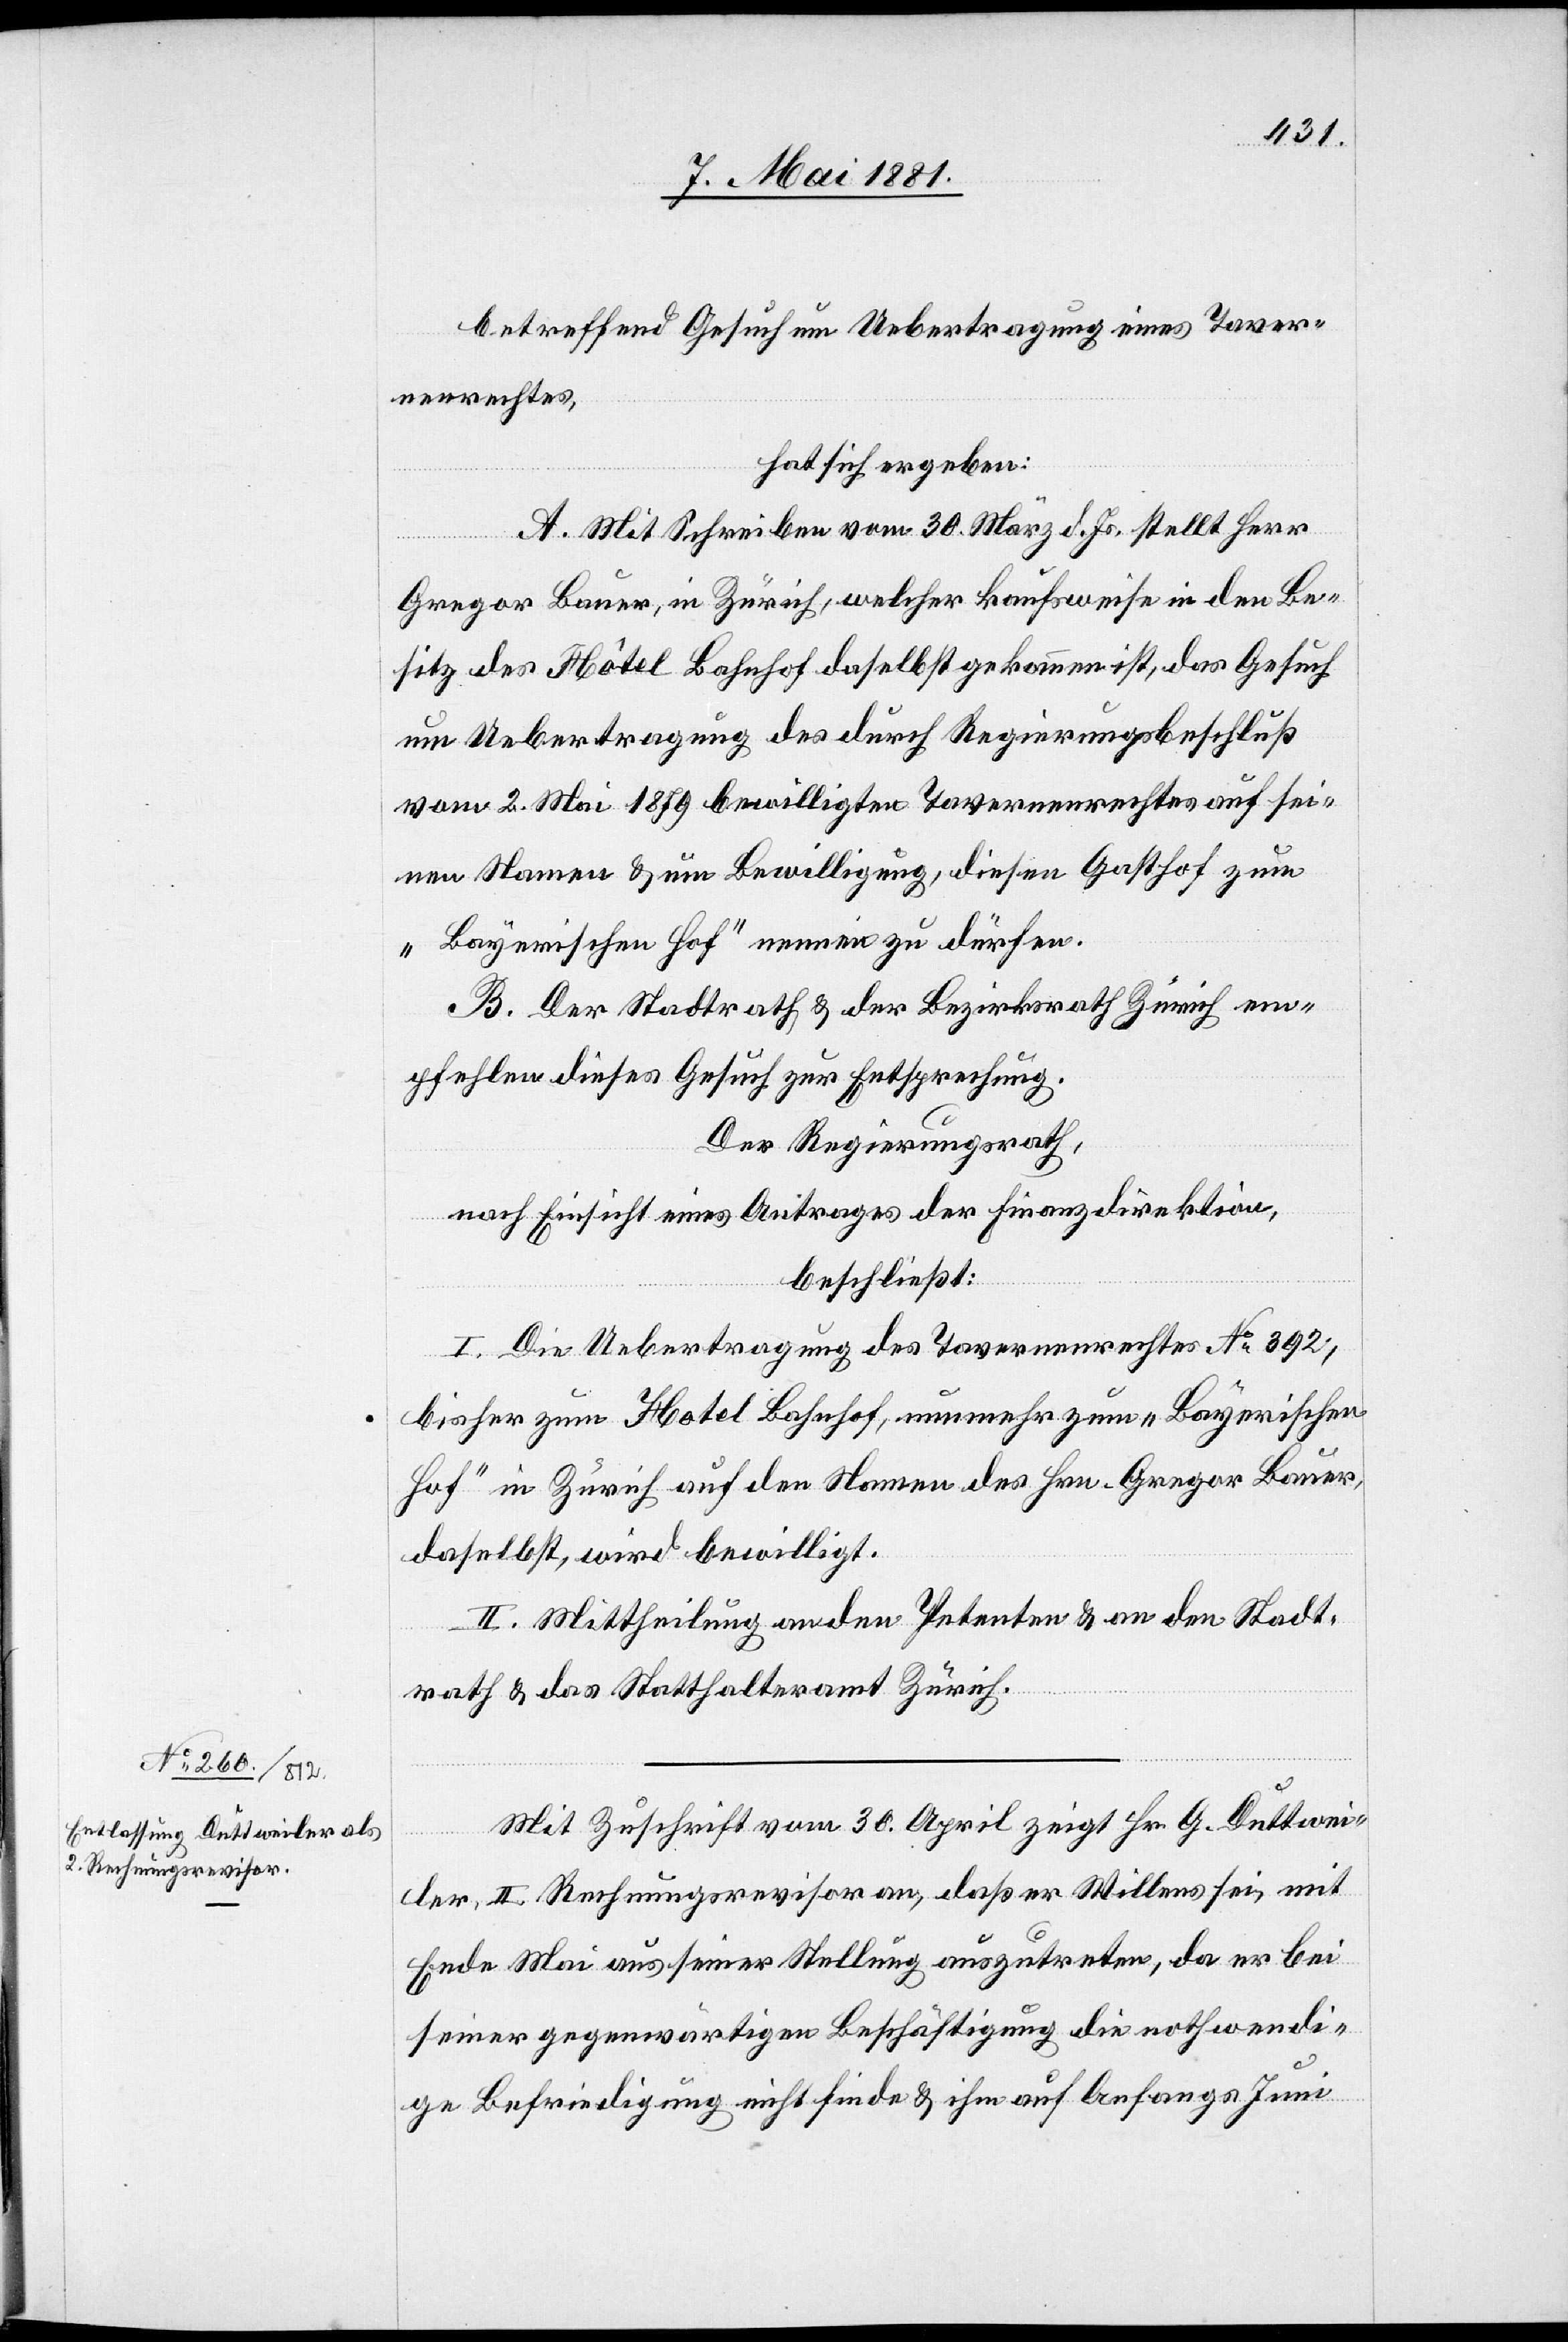
betreffend Gesuch um Uebertragung eines Taver¬
nenrechtes,
hat sich ergeben:
A. Mit Schreiben vom 30. März d. Js. stellt Herr
Gregor Bauer, in Zürich, welcher kaufsweise in den Be¬
sitz des Hôtel Bahnhof daselbst gekommen ist, das Gesuch
um Uebertragung des durch Regierungsbeschluß
vom 2. Mai 1879 bewilligten Tavernenrechtes auf sei¬
nen Namen & um Bewilligung, diesen Gasthof zum
„Bayerischen Hof“ nennen zu dürfen.
B. Der Stadtrath & der Bezirksrath Zürich em¬
pfehlen dieses Gesuch zur Entsprechung.
Der Regierungsrath,
nach Einsicht eines Antrages der Finanzdirektion,
beschließt:
I. Die Uebertragung des Tavernenrechtes No 392,
bisher zum Hotel Bahnhof, nunmehr zum „Bayerischen
Hof“ in Zürich auf den Namen des Hrn. Gregor Bauer,
daselbst, wird bewilligt.
II. Mittheilung an den Petenten & an den Stadt¬
rath & das Statthalteramt Zürich.
Mit Zuschrift vom 30. April zeigt Hr. G. Duttwei¬
ler, II. Rechnungsrevisor an, daß er Willens sei, mit
Ende Mai aus seiner Stellung auszutreten, da er bei
seiner gegenwärtigen Beschäftigung die nothwendi¬
ge Befriedigung nicht finde & ihm auf Anfangs Juni